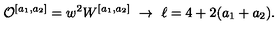
{ \cal O } ^ { [ a _ { 1 } , a _ { 2 } ] } = w ^ { 2 } W ^ { [ a _ { 1 } , a _ { 2 } ] } \ \rightarrow \ \ell = 4 + 2 ( a _ { 1 } + a _ { 2 } ) .